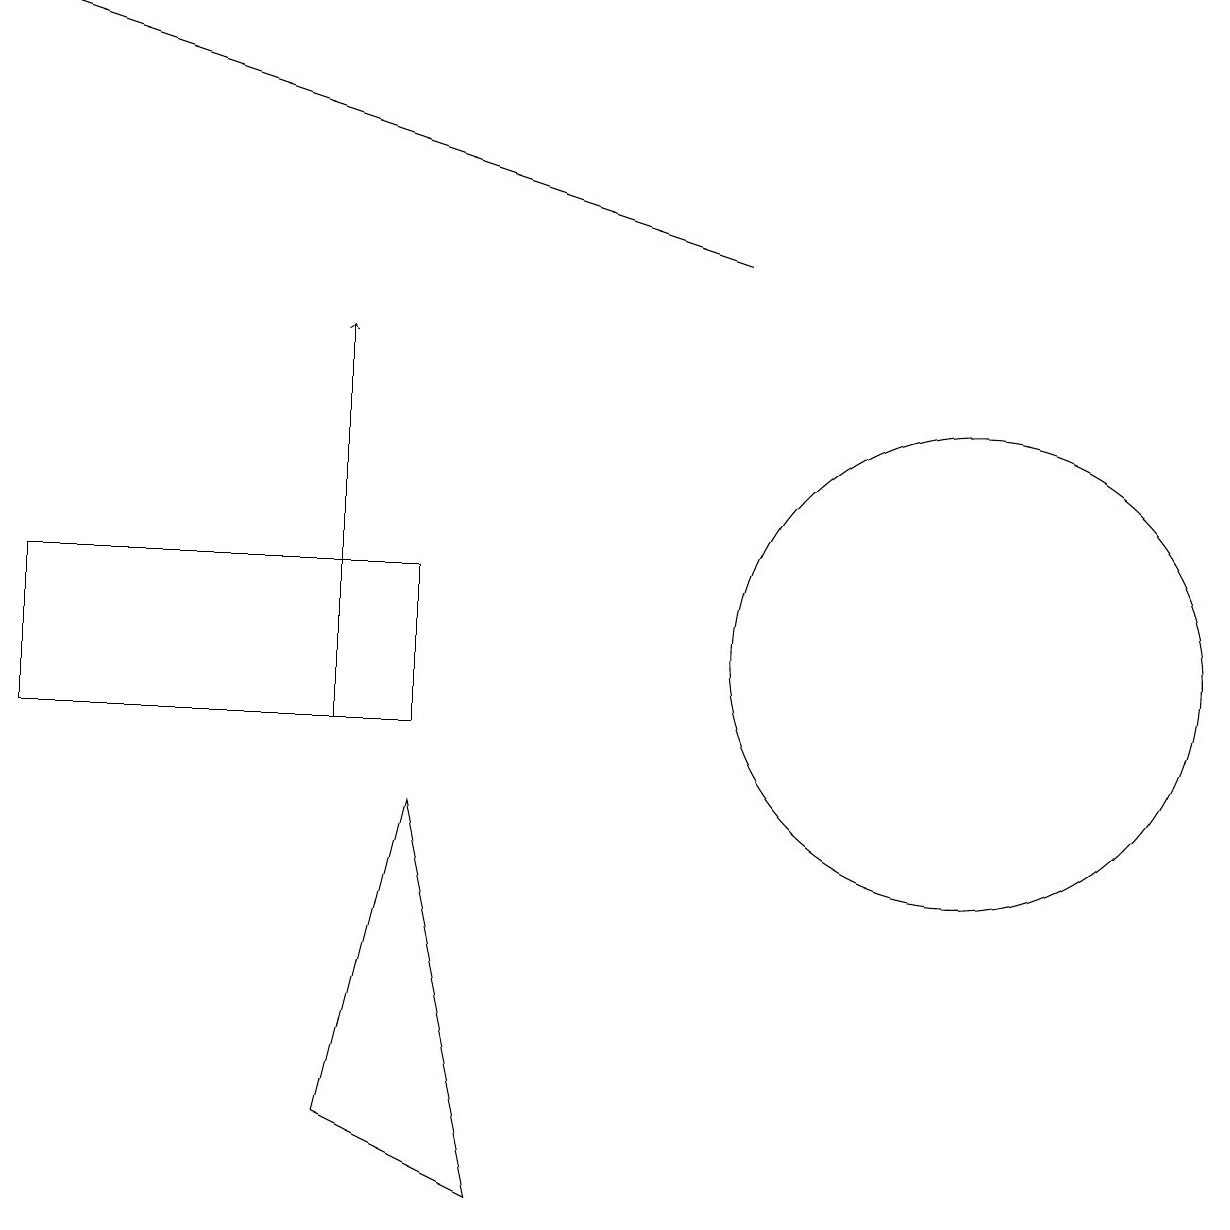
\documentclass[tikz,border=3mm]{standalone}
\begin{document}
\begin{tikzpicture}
\draw[->] (4,10) -- (4,15);
\draw (5,9) -- (4,5) -- (6,4) -- cycle;
\draw (12,11) circle (3);
\draw[->] (9,16) -- (0,19);
\draw (10,12) circle (0);
\draw (0,12) rectangle (5,10);
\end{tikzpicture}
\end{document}